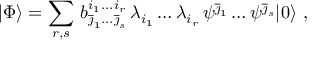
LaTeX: | \Phi \rangle = \sum _ { r , s } \, b _ { \overline { { \jmath } } _ { 1 } . . . \overline { { \jmath } } _ { s } } ^ { i _ { 1 } . . . i _ { r } } \, \lambda _ { i _ { 1 } } \dots \lambda _ { i _ { r } } \, \psi ^ { \overline { { \jmath } } _ { 1 } } \dots \psi ^ { \overline { { \jmath } } _ { s } } | 0 \rangle ~ ,